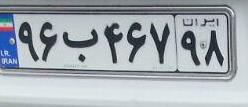
۹۶ب۴۶۷۹۸